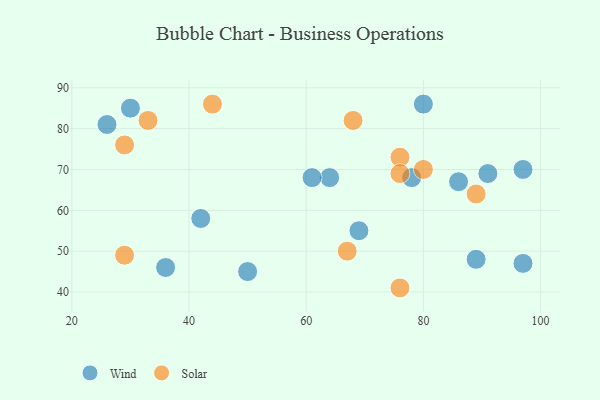
{"axis": {"x": "GDP", "y": "Life Expectancy"}, "legend": ["Solar", "Wind"], "data": [{"x": "36", "y": 46, "type": "Wind"}, {"x": "97", "y": 47, "type": "Wind"}, {"x": "64", "y": 68, "type": "Wind"}, {"x": "80", "y": 86, "type": "Wind"}, {"x": "86", "y": 67, "type": "Wind"}, {"x": "78", "y": 68, "type": "Wind"}, {"x": "91", "y": 69, "type": "Wind"}, {"x": "97", "y": 70, "type": "Wind"}, {"x": "61", "y": 68, "type": "Wind"}, {"x": "26", "y": 81, "type": "Wind"}, {"x": "50", "y": 45, "type": "Wind"}, {"x": "30", "y": 85, "type": "Wind"}, {"x": "42", "y": 58, "type": "Wind"}, {"x": "69", "y": 55, "type": "Wind"}, {"x": "89", "y": 48, "type": "Wind"}, {"x": "76", "y": 41, "type": "Solar"}, {"x": "29", "y": 49, "type": "Solar"}, {"x": "76", "y": 73, "type": "Solar"}, {"x": "44", "y": 86, "type": "Solar"}, {"x": "76", "y": 69, "type": "Solar"}, {"x": "89", "y": 64, "type": "Solar"}, {"x": "29", "y": 76, "type": "Solar"}, {"x": "33", "y": 82, "type": "Solar"}, {"x": "68", "y": 82, "type": "Solar"}, {"x": "67", "y": 50, "type": "Solar"}, {"x": "80", "y": 70, "type": "Solar"}]}